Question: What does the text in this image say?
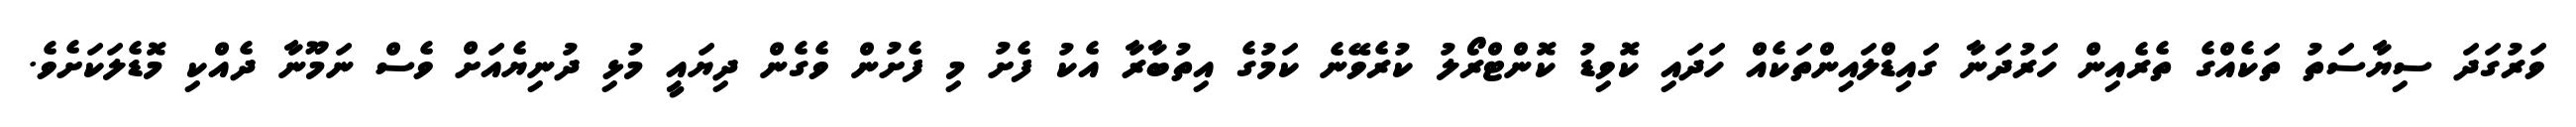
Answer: ވަރުގަދަ ސިޔާސަތު ތަކެއްގެ ތެރެއިން ހަރުދަނާ ގައިޑްލައިންތަކެއް ހަދައި ކޮވިޑު ކޮންޓްރޯލު ކުރެވޭނެ ކަމުގެ އިތުބާރާ އެކު ފެށު މި ފެށުން ވެގެން ދިޔައީ މުޅި ދުނިޔެއަށް ވެސް ނަމޫނާ ދެއްކި މޮޑެލަކަށެވެ.